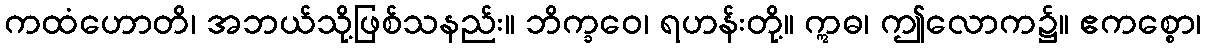
ကထံဟောတိ၊ အဘယ်သို့ဖြစ်သနည်း။ ဘိက္ခဝေ၊ ရဟန်းတို့။ ဣဓ၊ ဤလောက၌။ ဧကစ္စော၊